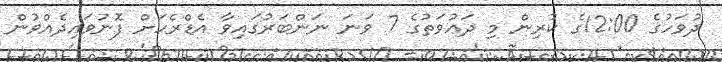
ދުވަހުގެ 12:00ގެ ކުރިން މި ދަޢުވަތުގެ 7 ވަނަ ނަންބަރުގައިވާ އެޑްރެހަށް ފޮނުވައިދެއްވުން